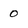
Character: 0